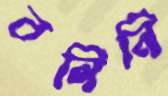
বলিনি